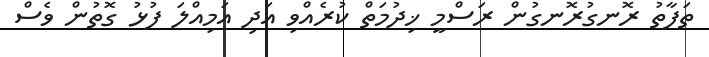
ތަފާތު ރޮނގުރޮނގުން ރަސްމީ ޚިދުމަތް ކުރެއްވި އަދި އަމިއްލަ ފުޅު ގޮތުން ވެސް